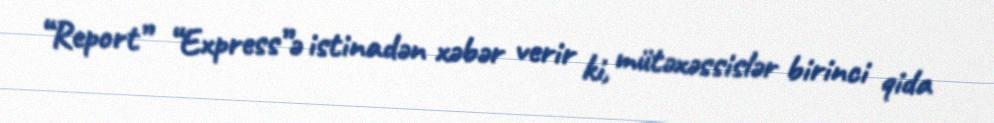
“Report” “Express”ə istinadən xəbər verir ki, mütəxəssislər birinci qida